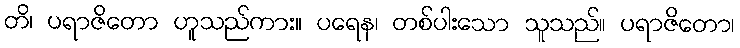
တိ၊ ပရာဇိတော ဟူသည်ကား။ ပရေန၊ တစ်ပါးသော သူသည်။ ပရာဇိတော၊